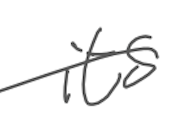
Text: its
Cross-out: mix
Writing tool: digital_gray